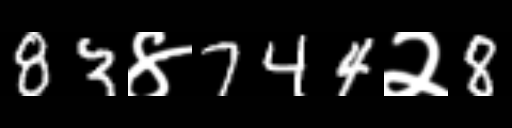
Text: 83४744२8